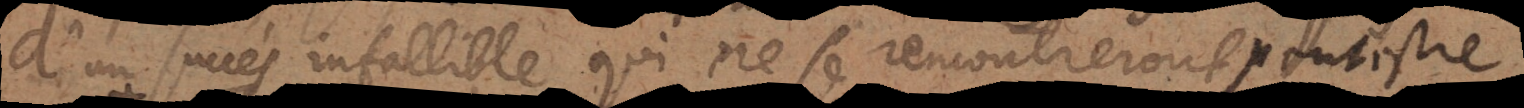
d’un succès infallible, qui ne se rencontreront jamais;